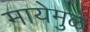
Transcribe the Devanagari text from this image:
मायेमुळे